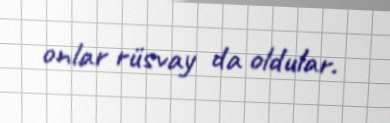
onlar rüsvay da oldular.